Vaccination United Provinces of Agra and Oudh 1902-1913 - 1902-1913
Year: 1902
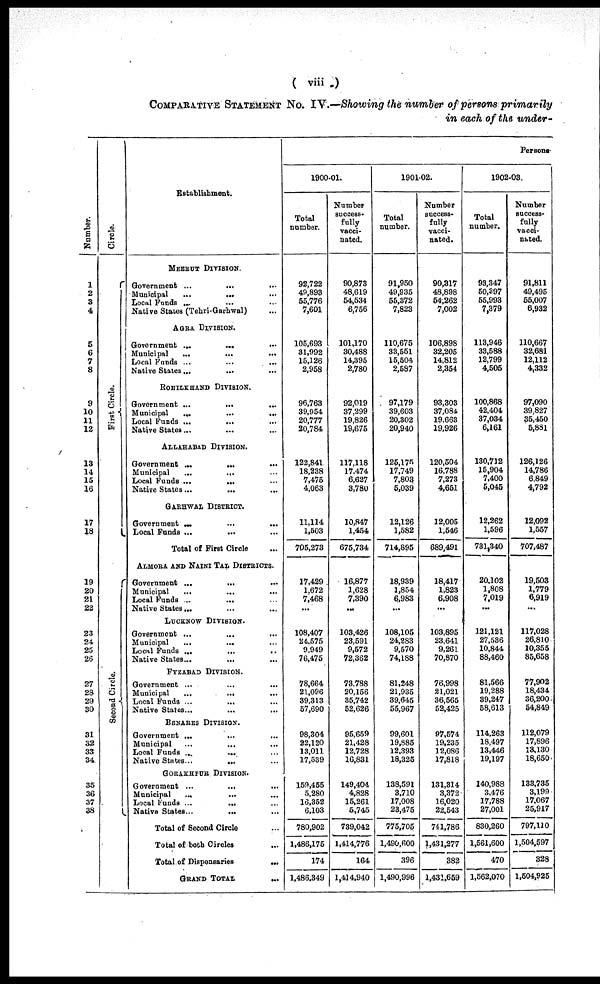
( viii )
COMPARATIVE STATEMENT No. IV.—Showing the number of persons primarily
in each of the under-
Number.
1
2
3
4
5
6
7
8
9
10
11
12
13
14
15
16
17
18
19
20
21
22
23
24
25
26
27
28
29
30
31
32
33
34.
35
36
37
38
Circle.
First Circle.
Second Circle.
Establishment.
MEERUT DIVISION.
Government ...
...
...
Municipal
...
... ...
Local Funds ... ... ...
Native States (Tehri-Garhwal) ...
AGRA DIVISION.
Government ...
...
...
Municipal
...
...
...
Local Funds ...
...
...
Native States ...
...
...
ROHILKHAND DIVISION.
Government ...
...
...
Municipal
...
...
...
Local Funds ... ... ...
Native States ... ... ...
ALLAHABAD DIVISION.
Government ...
...
...
Municipal
...
... ...
Local Funds ...
... ...
Native States ...
... ...
GARHWAL DISTRICT.
Government ... ... ...
Local Funds ...
...
...
Total of First Circle ...
ALMORA AND NAINI TAL DISTRICTS.
Government ...
... ...
Municipal
...
... ...
Local Funds ... ... ...
Native States ... ... ...
LUCKNOW DIVISION.
Government ...
...
...
Municipal
...
... ...
Local Funds ...
... ...
Native States... ... ...
FYZABAD DIVISION.
Government ...
...
...
Municipal
...
... ...
Local Funds ...
... ...
Native States ... ... ...
BENARES DIVISION.
Government ...
...
...
Municipal ... ... ...
Local Funds ...
... ...
Native States...
... ...
GORAKHPUR DIVISION.
Government ...
... ...
Municipal
...
... ...
Local Funds ...
... ...
Native States ...
... ...
Total of Second Circle ...
Total of both Circles ...
Total of Dispensaries
...
GRAND TOTAL ...
Persons.
1900-01.
Total
number.
92,722
49,893
55,776
7,601
105,693
31,992
15,126
2,958
96,763
39,954
20,777
20,784
122,841
18,238
7,475
4,063
11,114
1,503
705,273
17,429
1,672
7,468
...
108,407
24.575
9,949
76,475
78,664
21,096
39,313
57,690
98,304
22,120
13,011
17,539
159,455
5,280
16,352
6,103
780,902
1,486,175
174
1,486,349
Number
success¬
fully
vacci-
nated.
90,873
48,619
54,534
6,756
101,170
30,488
14,395
2,780
92,019
37,299
19,826
19,675
117,118
17,474
6,627
3,780
10,847
1,454
675,734
16,877
1,628
7,390
...
103,426
23,591
9,572
72,362
73,788
20,156
35,742
52,626
95,659
21,428
12,728
16,831
149,404
4,828
15,261
5,745
739,042
1,414,776
164
1,414,940
1901-02.
Total
number.
91,950
49,935
55,372
7,823
110,675
33,551
15,504
2,587
97,179
39,603
20,302
20,940
125,175
17,749
7,803
5,039
12,126
1,582
714,895
18,939
1,854
6,983
...
108,105
24,283
9,570
74,188
81,248
21,935
39,645
55,967
99,601
19,885
12,393
18,325
138,591
3,710
17,008
23,475
775,705
1,490,600
396
1,490,996
Number
success-
fully
vacci-
nated.
90,317
48,898
54,262
7,002
106,898
32,205
14,812
2,354
93,303
37,084
19,663
19,926
120,504
16,788
7,273
4,651
12,005
1,546
689,491
18,417
1,823
6,908
...
103,895
23,641
9,261
70,870
76,998
21,021
36,565
52,425
97,574
19,235
12,086
17,818
131,314
3,372
16,020
22,543
741,786
1,431,277
382
1,431,659
1902-03.
Total
number.
93,347
50,397
55,993
7,379
113,946
33,588
12,799
4,505
100,868
42,404
37,034
6,161
130,712
15,904
7,400
5,045
12,262
1,596
731,340
20,102
1,808
7,019
...
121,121
27,536
10,844
88,460
81,566
19,288
39,247
58,613
114,263
18,497
13,446
19,197
140,988
3,476
17,788
27,001
830,260
1,561,600
470
1,562,070
Number
success-
fully
vacci-
nated.
91,811
49,495
55,007
6,932
110,667
32,681
12,112
4,332
97,090
39,827
35,450
5,881
126,126
14,786
6,849
4,792
12,092
1,557
707,487
19,503
1,779
6,919
...
117,028
26,810
10,355
85,658
77,902
18,434
36,200
54,849
112,079
17,896
13,130
18,650
133,735
3,199
17,067
25,917
797,110
1,504,597
328
1,504,925